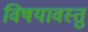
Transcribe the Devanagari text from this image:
विषयावस्तु